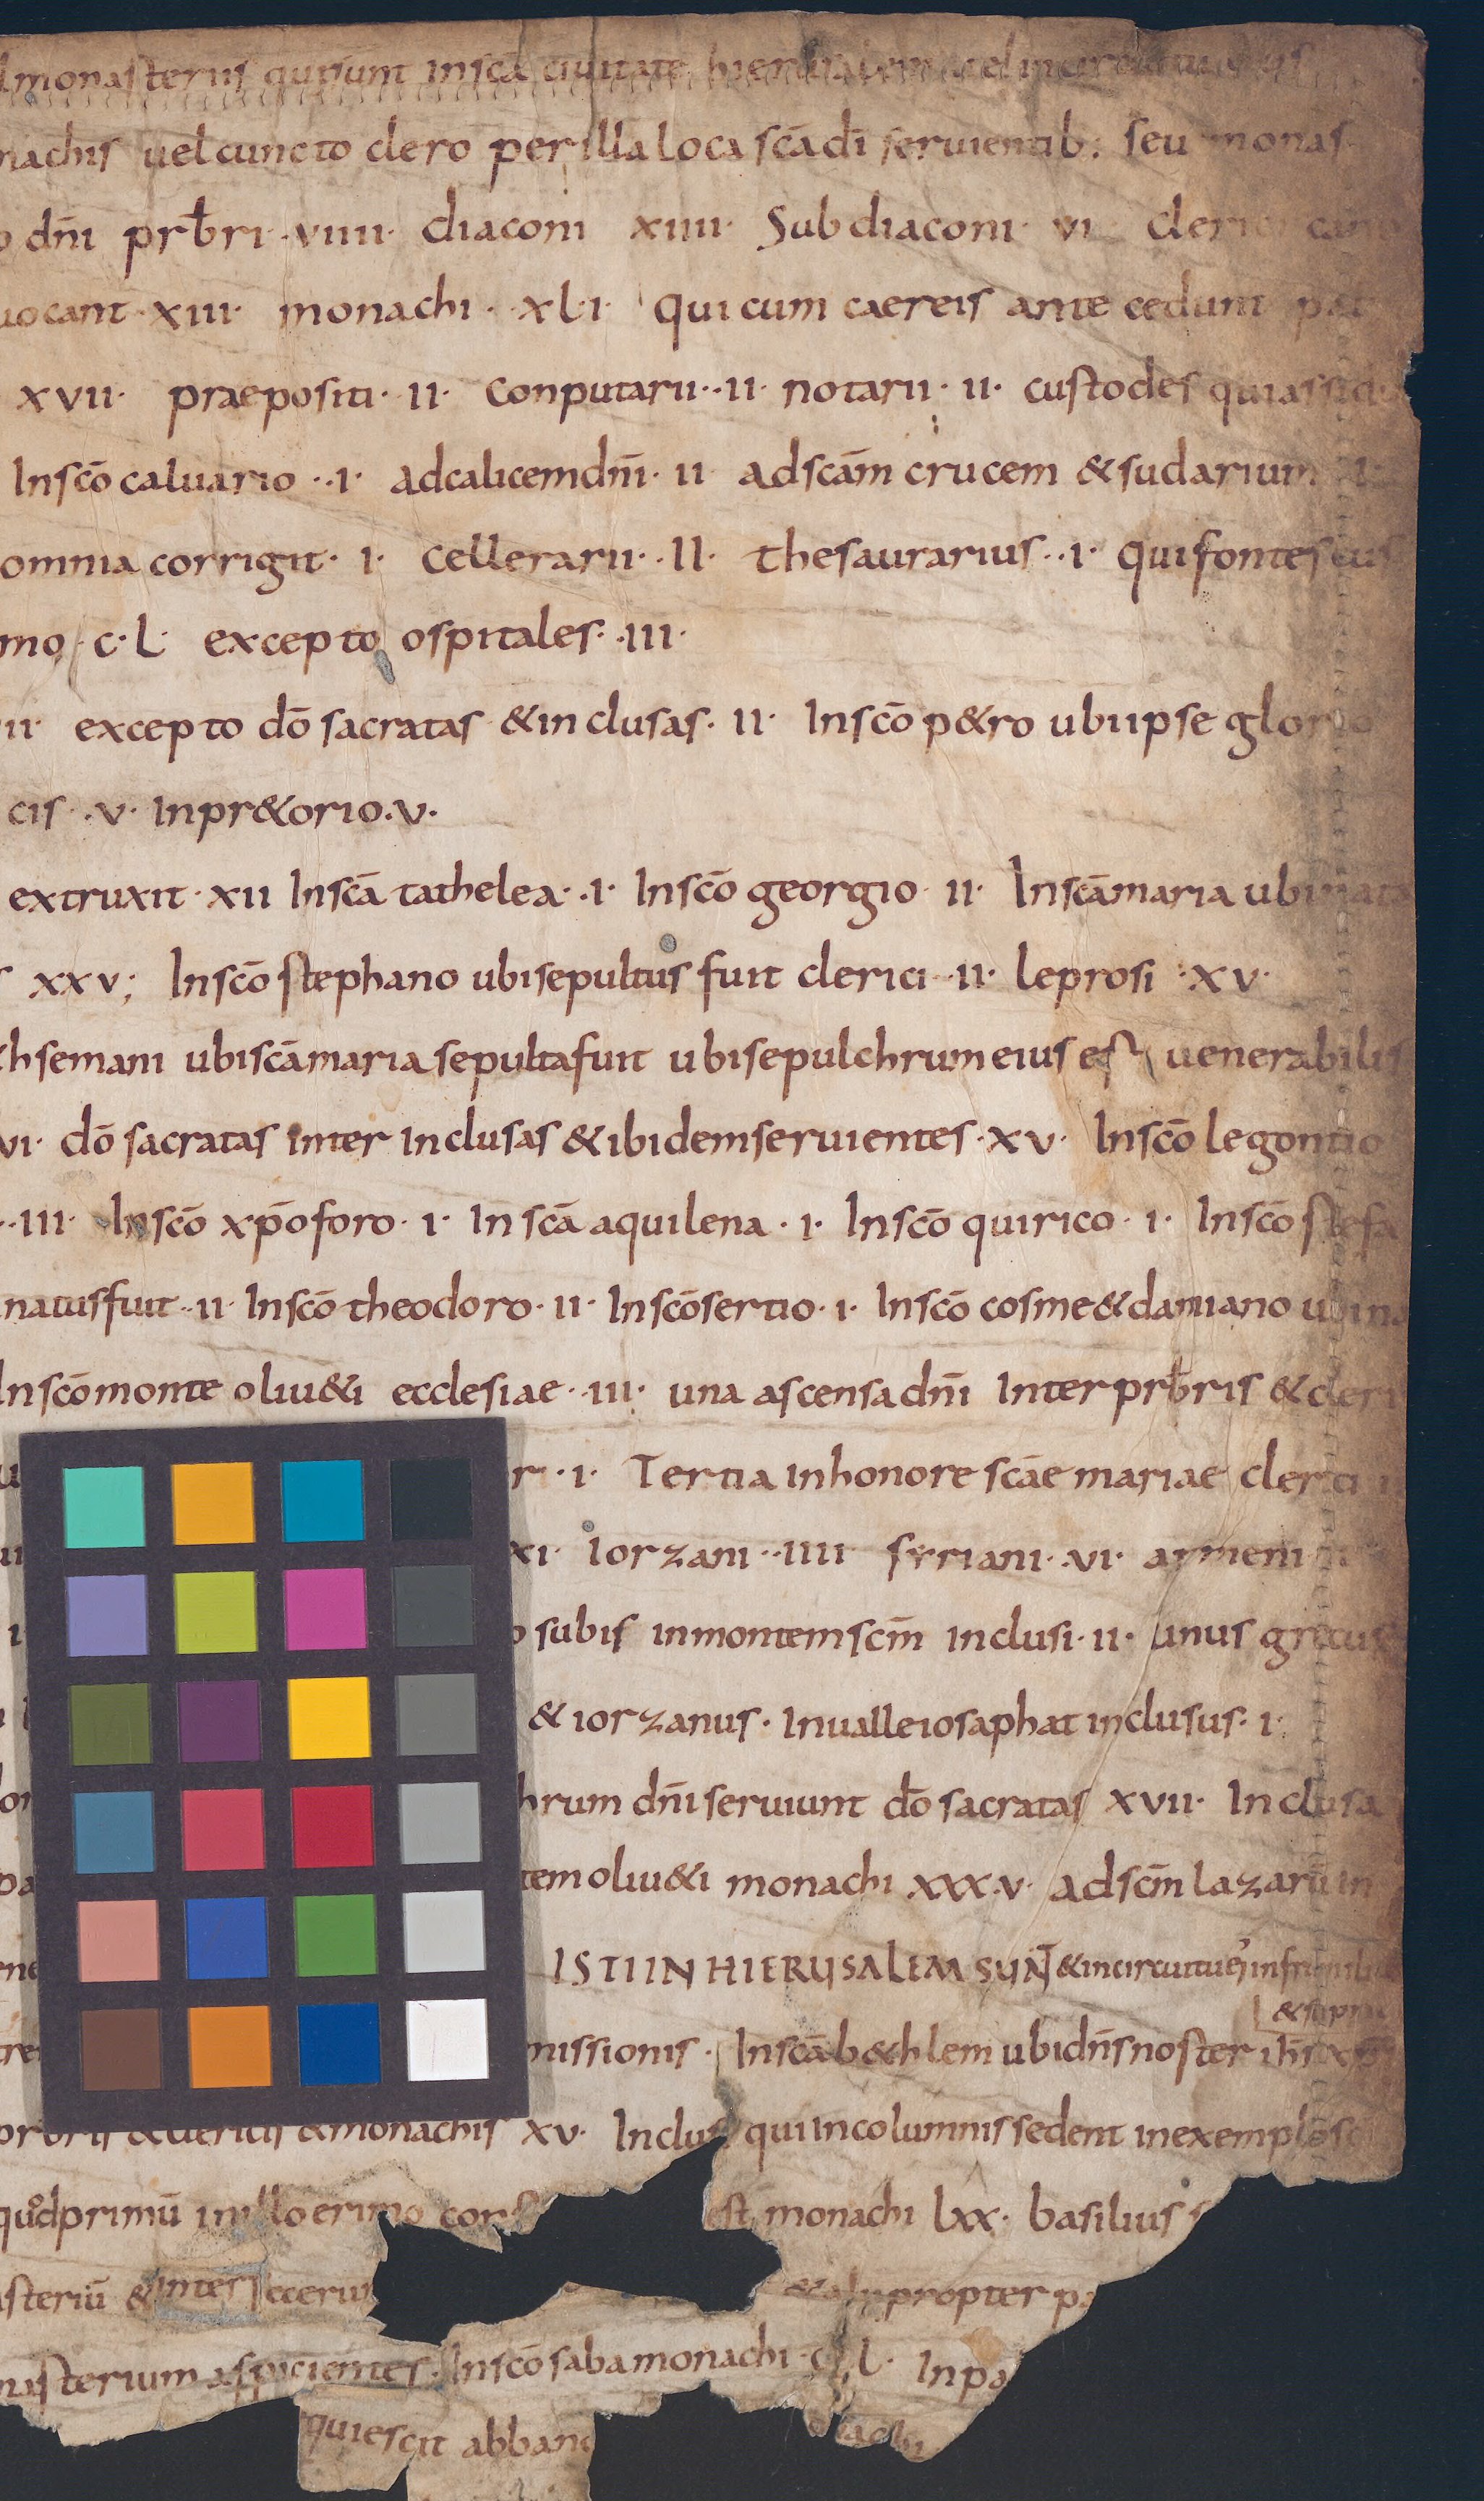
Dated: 825–849